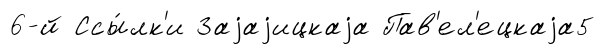
6-й Ссы́лк'и Заjаjицкаjа Пав'ел'ецкаjа5